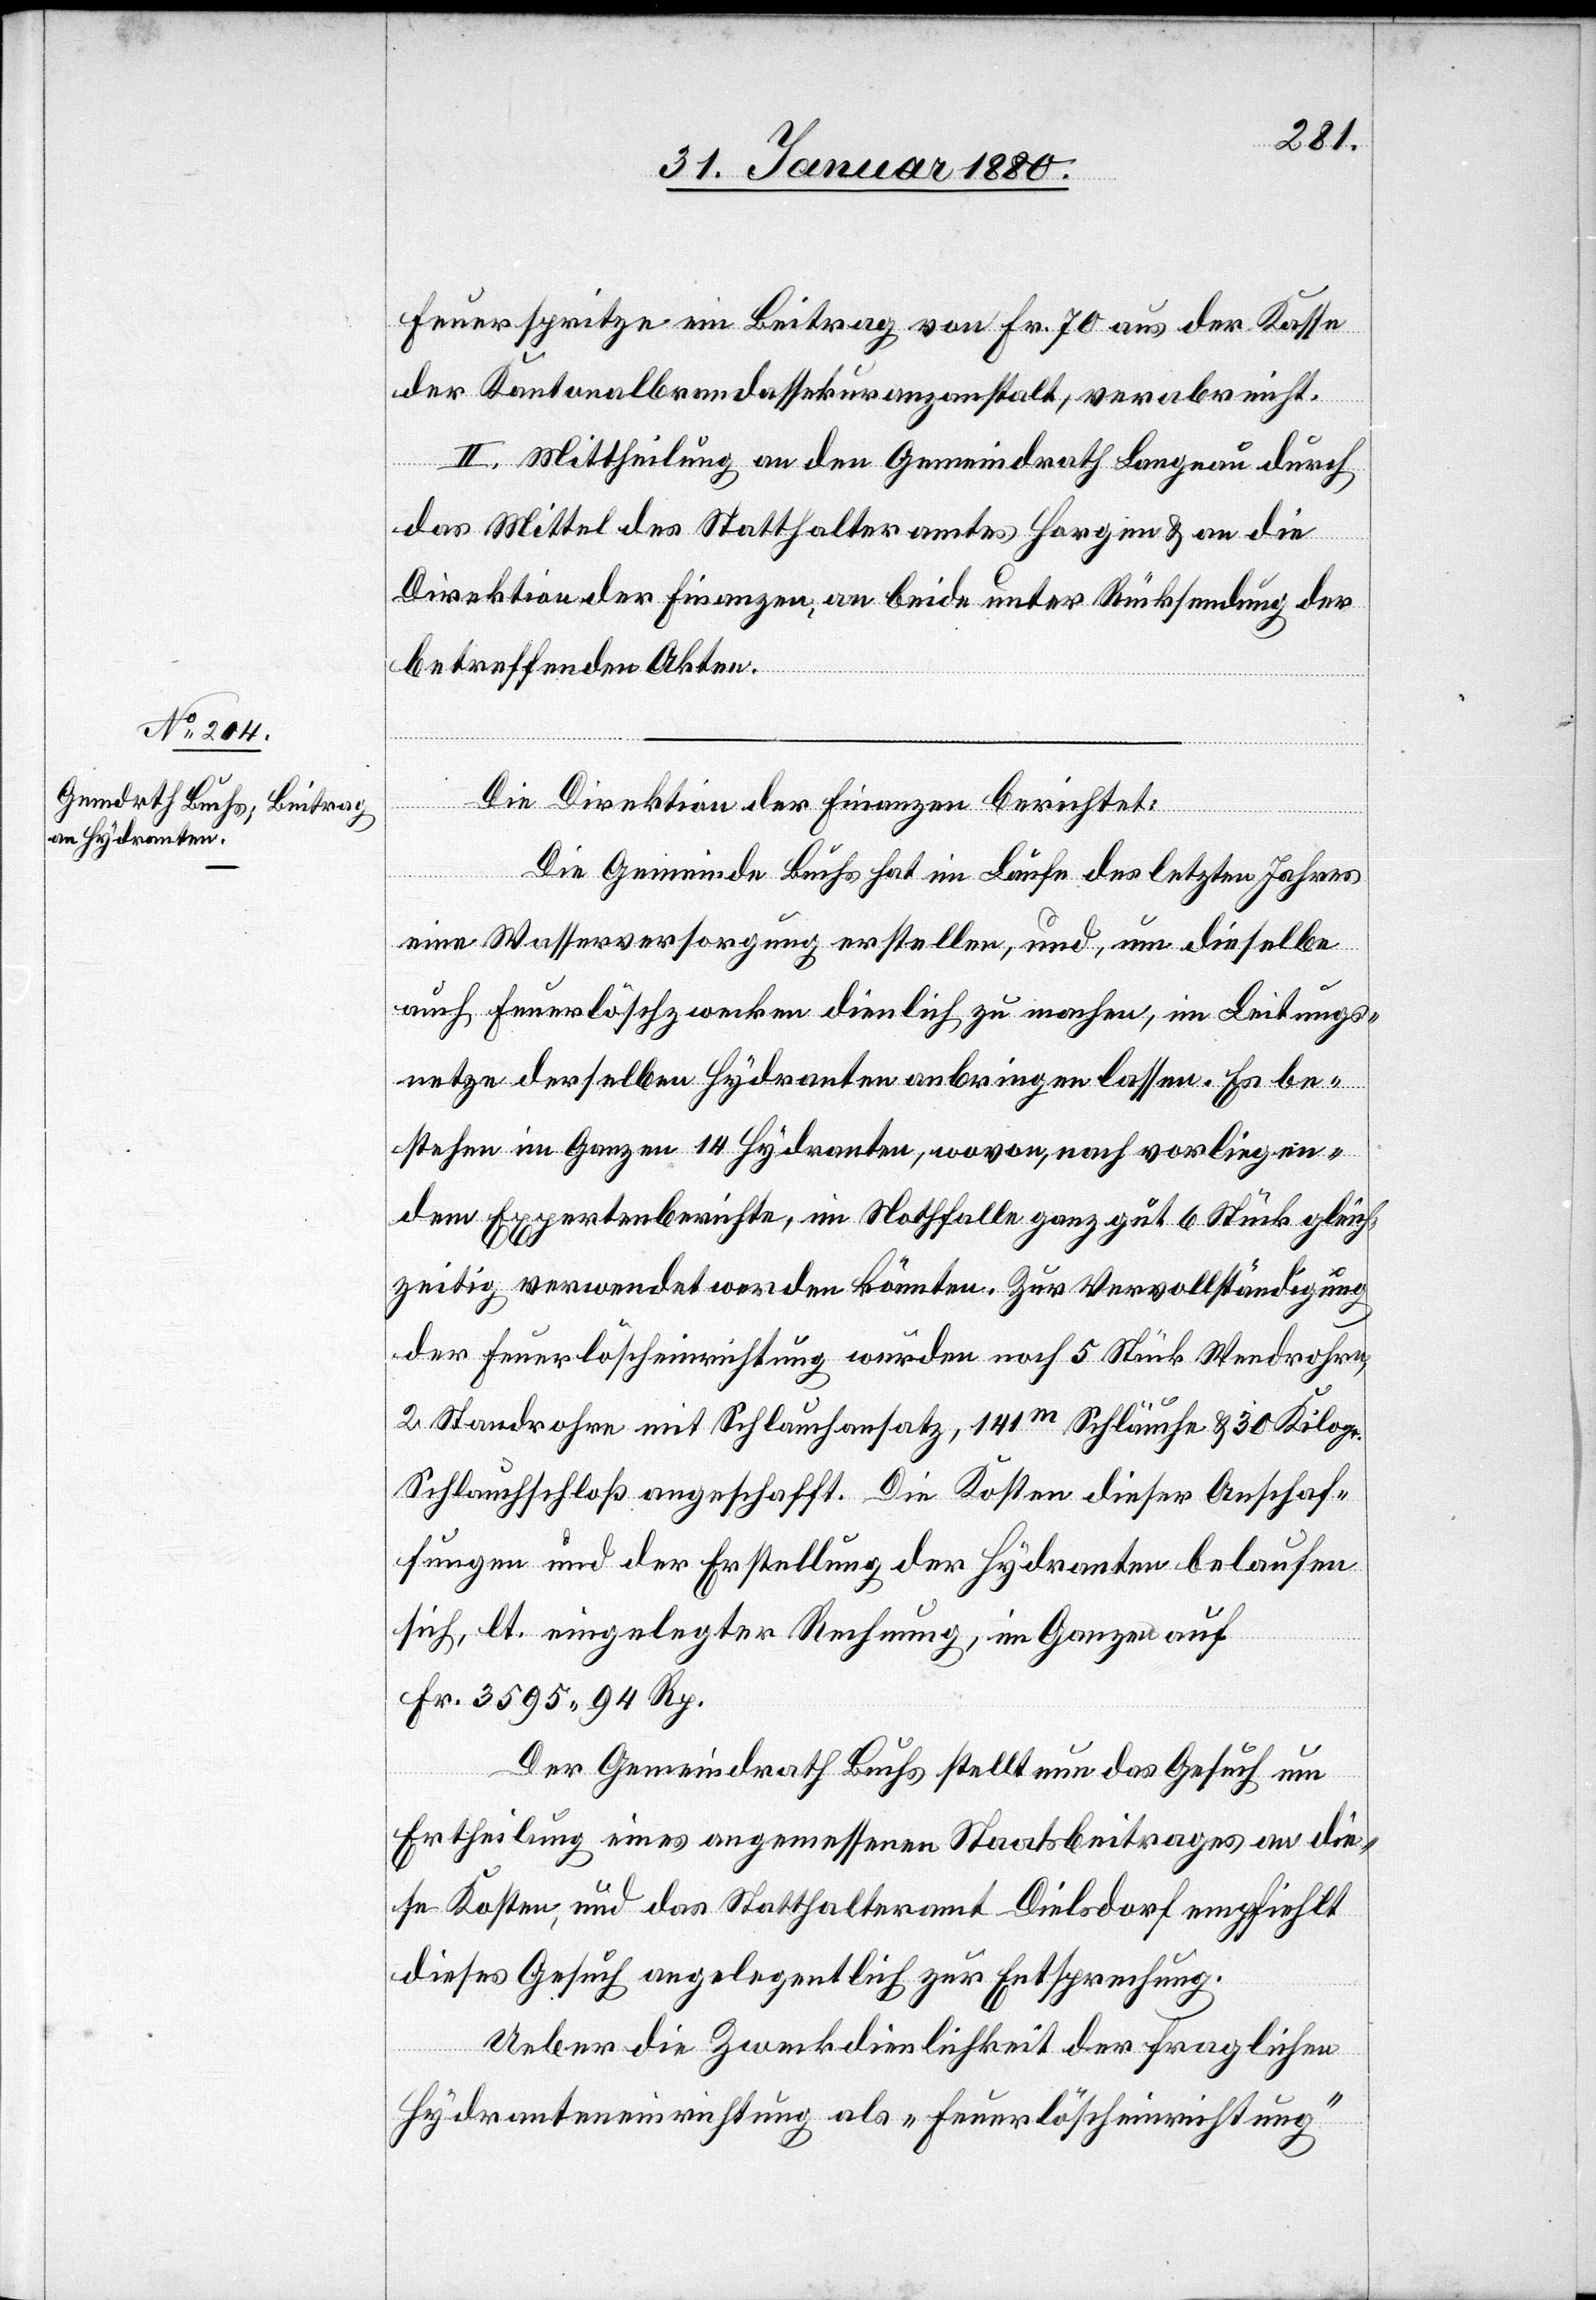
Feuerspritzen ein Beitrag von Fr. 70 aus der Kasse
der Kantonalbrandassekuranzanstalt, verabreicht.
II. Mittheilung an den Gemeindrath Langnau durch
das Mittel des Statthalteramtes Horgen & an die
Direktion der Finanzen, an beide unter Rücksendung der
betreffenden Akten.
Die Direktion der Finanzen berichtet:
Die Gemeinde Buchs hat im Laufe des letzten Jahres
eine Wasserversorgung erstellen, und, um dieselbe
auch Feuerlöschzwecken dienlich zu machen, in Leitungs¬
netze derselben Hydranten anbringen lassen. Es be¬
stehen im Ganzen 14 Hydranten, wovon, nach vorliegen¬
dem Expertenberichte, im Nothfalle ganz gut 6 Stück gleich¬
zeitig verwendet werden könnten. Zur Vervollständigung
der Feuerlöscheinrichtung wurden noch 5 Stück Wendrohre,
2 Standrohre mit Schlauchansatz, 141m Schläuche & 30 Kilogr.
Schlauschloß angeschafft. Die Kosten dieser Anschaf¬
fungen und der Erstellung der Hydranten belaufen
sich, lt. eingelegter Rechnung, im Ganzen auf
Fr. 3595 94 Rp.
Der Gemeindrath Buchs stellt nun das Gesuch um
Ertheilung eines angemessenen Staatsbeitrages an die¬
se Kosten und das Statthalteramt Dielsdorf empfiehlt
dieses Gesuch angelegentlich zur Entsprechung.
Ueber die Zweckdienlichkeit der fraglichen
Hydranteneinrichtung als „Feuerlöscheinrichtung“